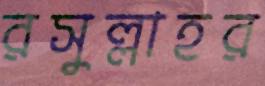
রসুল্লাহর